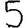
Digit: 5